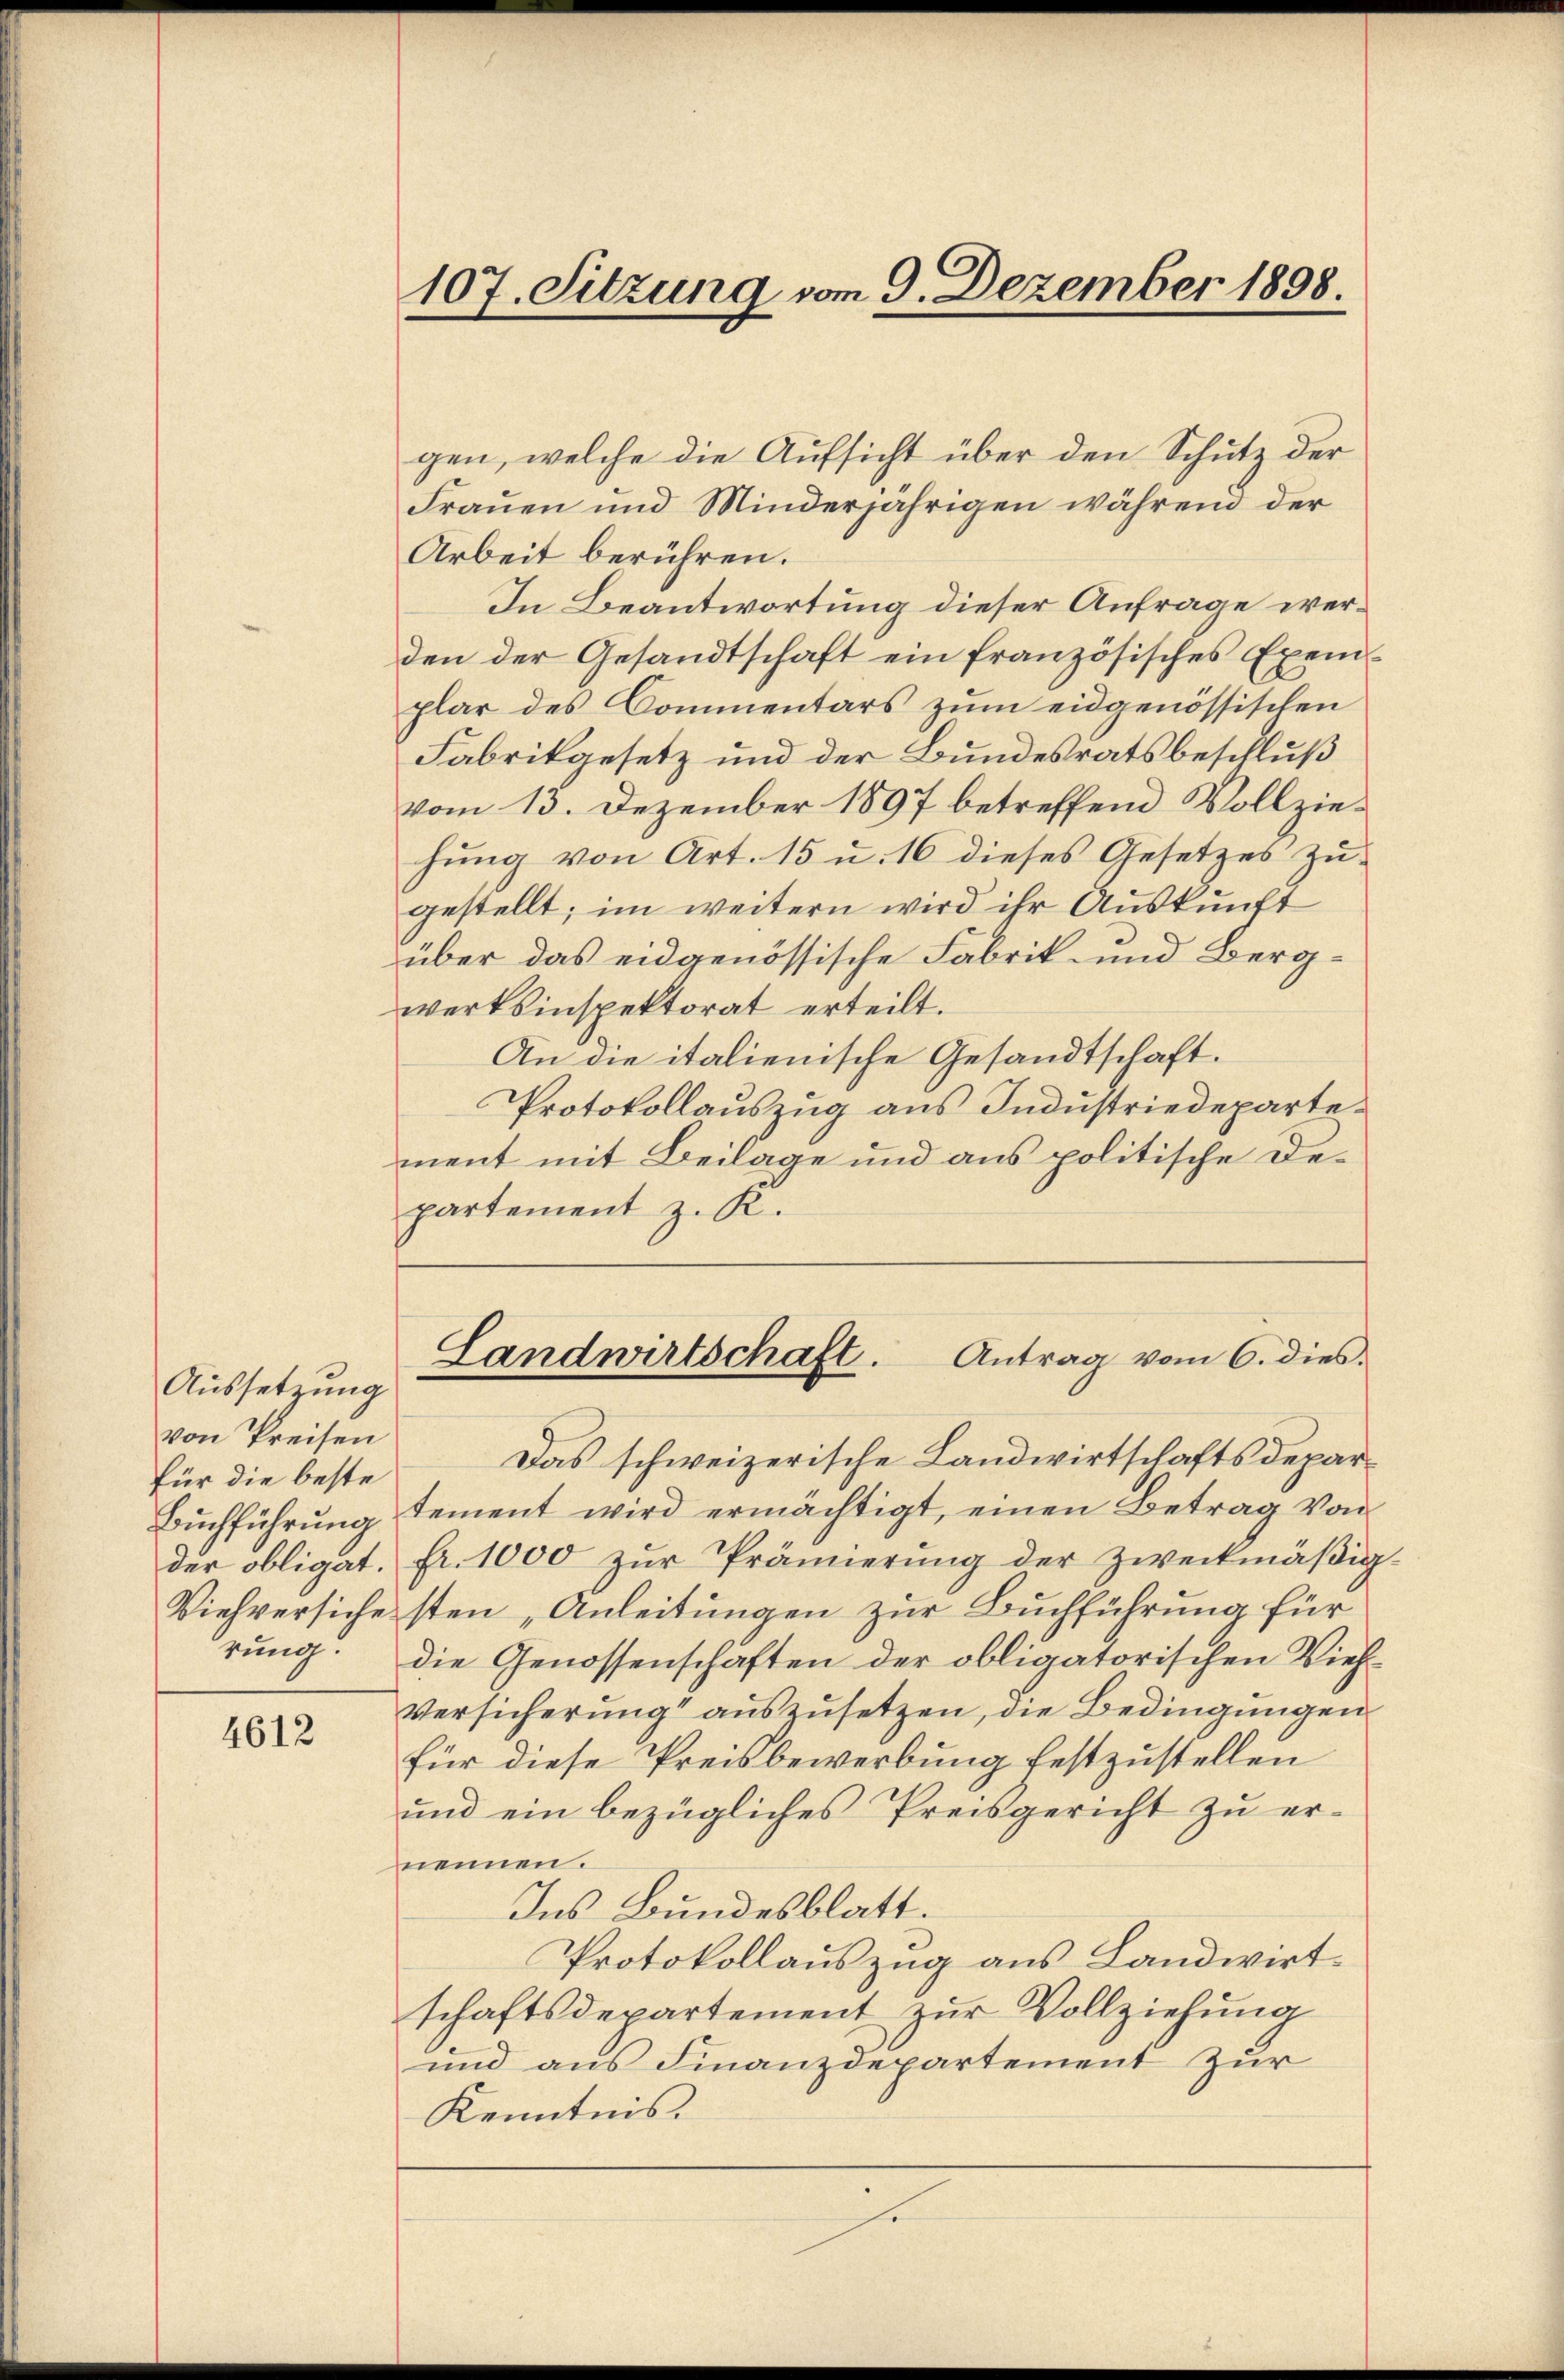
Aussetzung
von Preisen
für die beste
rung.

4612

107. Sitzung vom 9. Dezember 1898.

gen, welche die Aufsicht über den Schutz der
Frauen und Minderjährigen während der
Arbeit berühren.
In Beantwortung dieser Anfrage werden der Gesandtschaft ein französisches Exemplar des Commentars zum eidgenössischen
Fabrikgesetz und der Bundesratsbeschluß
vom 13. Dezember 1897 betreffend Vollziehung von Art. 15 u. 16 dieses Gesetzes zugestellt; im weitern wird ihr Auskunft
über das eidgenössische Fabrik- und Bergwertsinspektorat erteilt.
An die italienische Gesandtschaft.
Protokollauszug aus Industriedeparte.
ment mit Beilage und aus politische Departement z. R.

Das schweizerische Landwirtschaftsdepar¬
Buchführung tement wird ermächtigt, einen Betrag von
der obligat. Fr. 1000 zŭr Prämierŭng der zweckmäβig-
Viehversiche sten „Anleitungen zur Buchführung für
die Genossenschaften der obligatorischen Vieh¬
Versicherung“ auszusetzen, die Bedingungen
für diese Preisbewerbung festzustellen
und ein bezügliches Preisgericht zu ernennen.
Ins Bundesblatt.
Protokollauszug aus Landwirtschaftsdepartement zur Vollziehung
und aus Finanzdepartement zur
Kenntnis.

Landwirtschaft. Antrag vom 6. dies.